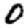
Digit: 0